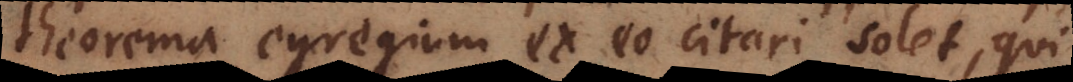
theorema egregium ex eo citari solet, qui